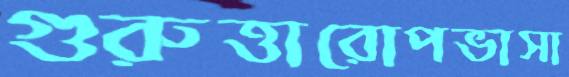
গুরুত্তারোপভাসা